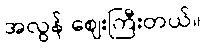
အလွန် ဈေးကြီးတယ်။